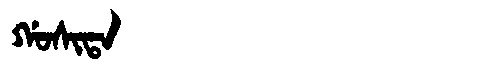
Manchu: ᡤᠣᠰᡳᡨᠠ
Romanization: GOSITA